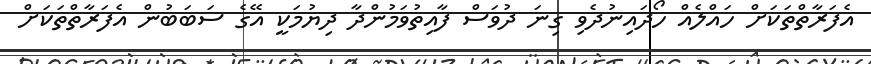
އެފަރާތްތަކަށް ހައްލެއް ހޯދައިނުދެވި ގިނަ ދުވަސް ފާއިތުވަމުންދާ ދިޔުމަކީ އޭގެ ސަބަބުން އެފަރާތްތަކަށް